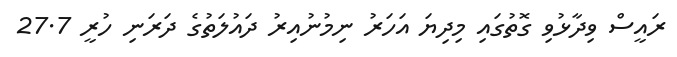
ރައީސް ވިދާޅުވި ގޮތުގައި މިދިޔަ އަހަރު ނިމުނުއިރު ދައުލަތުގެ ދަރަނި ހުރީ 27.7